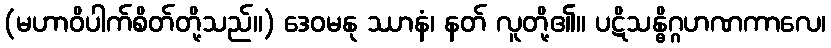
(မဟာဝိပါက်စိတ်တို့သည်။) ဒေဝမနု ဿာနံ၊ နတ် လူတို့၏။ ပဋိသန္ဓိဂ္ဂဟဏကာလေ၊